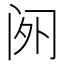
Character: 𬮡